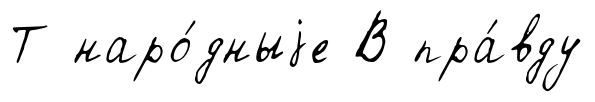
Т наро́дныjе В пра́вду